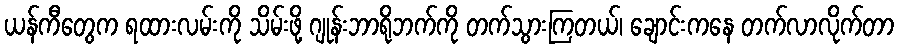
ယန်ကီတွေက ရထားလမ်းကို သိမ်းဖို့ ဂျုန်းဘာရိုဘက်ကို တက်သွားကြတယ်၊ ချောင်းကနေ တက်လာလိုက်တာ